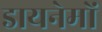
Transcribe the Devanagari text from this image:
डायनेमों